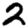
Digit: 2